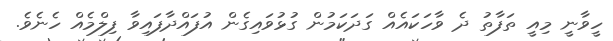
ހީވާނީ މިއީ ތަފާތު ދެ ވާހަކައެއް ގަދަކަމުން ގުޅުވައިގެން އުފައްދާފައިވާ ފިލްމެއް ހެނެވެ.